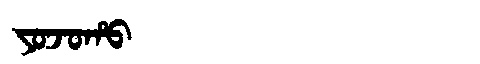
Manchu: ᠶᠣᠵᠣᡥᠣ
Romanization: YOJOHO